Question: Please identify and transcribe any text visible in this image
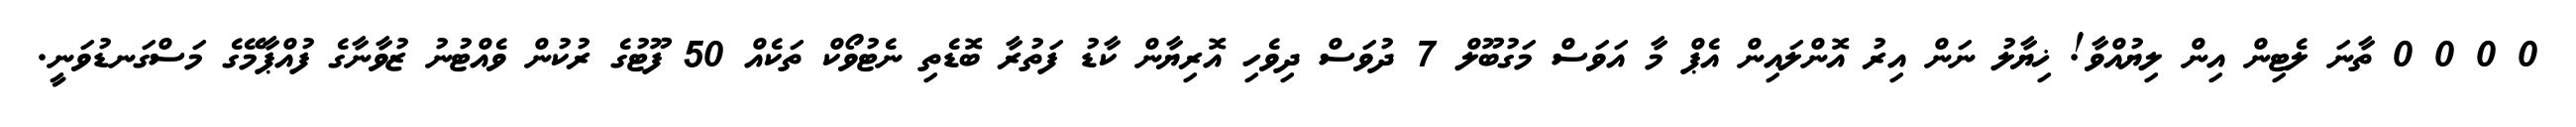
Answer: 0 0 0 0 ތާނަ ލެޓިން އިން ލިޔުއްވާ! ޚިޔާލު ނަން އިރު އޮންލައިން އެޕް މާ އަވަސް މަގުބޫލް 7 ދުވަސް ދިވެހި އޮރިޔާން ކާޑު ފަތުރާ ބޮޑެތި ނެޓުވޯކް ތަކެއް 50 ފޫޓުގެ ރުކުން ވެއްޓުނު ޒުވާނާގެ ފުއްޕާމޭގެ މަސްގަނޑުވަނީ.